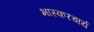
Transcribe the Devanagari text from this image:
भास्करचार्य